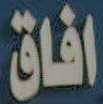
افاق